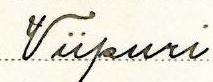
Viipuri